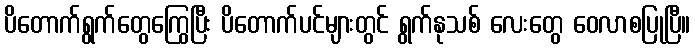
ပိတောက်ရွက်တွေကြွေပြီး ပိတောက်ပင်များတွင် ရွက်နုသစ် လေးတွေ ဝေလာစပြုပြီ။